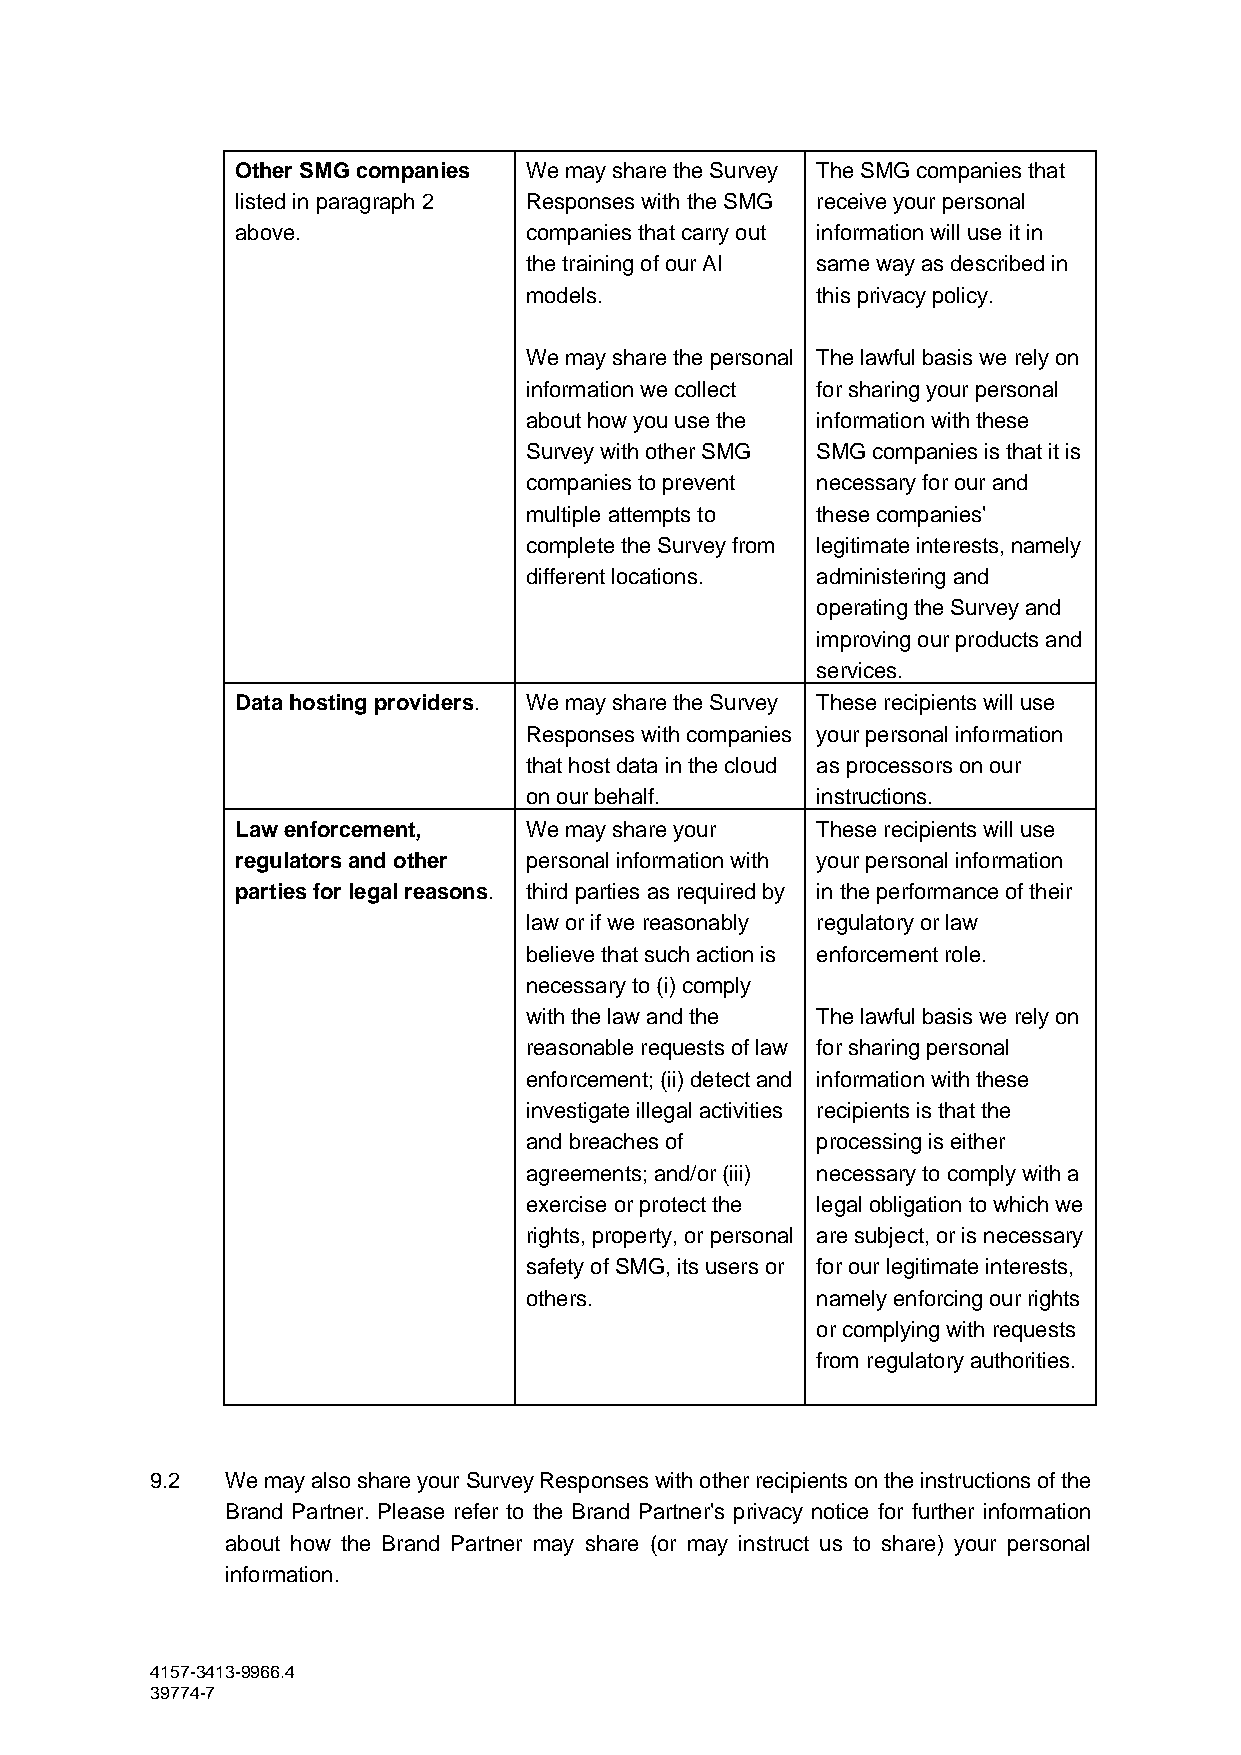
Other SMG companies We may share the Survey The SMG companies that
 listed in paragraph 2 Responses with the SMG receive your personal
 above.             companies that carry out information will use it in
 the training of our AI same way as described in
 models.            this privacy policy.
 We may share the personal The lawful basis we rely on
 information we collect for sharing your personal
 about how you use the information with these
 Survey with other SMG SMG companies is that it is
 companies to prevent necessary for our and
 multiple attempts to these companies'
 complete the Survey from legitimate interests, namely
 different locations. administering and
 operating the Survey and
 improving our products and
 services.
 Data hosting providers. We may share the Survey These recipients will use
 Responses with companies your personal information
 that host data in the cloud as processors on our
 on our behalf.     instructions.
 Law enforcement,   We may share your  These recipients will use
 regulators and other personal information with your personal information
 parties for legal reasons. third parties as required by in the performance of their
 law or if we reasonably regulatory or law
 believe that such action is enforcement role.
 necessary to (i) comply
 with the law and the The lawful basis we rely on
 reasonable requests of law for sharing personal
 enforcement; (ii) detect and information with these
 investigate illegal activities recipients is that the
 and breaches of    processing is either
 agreements; and/or (iii) necessary to comply with a
 exercise or protect the legal obligation to which we
 rights, property, or personal are subject, or is necessary
 safety of SMG, its users or for our legitimate interests,
 others.            namely enforcing our rights
 or complying with requests
 from regulatory authorities.
 9.2  We may also share your Survey Responses with other recipients on the instructions of the
 Brand Partner. Please refer to the Brand Partner's privacy notice for further information
 about how the Brand Partner may share (or may instruct us to share) your personal
 information.
 4157-3413-9966.4
 39774-7